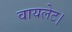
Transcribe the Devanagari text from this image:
वायलेट।